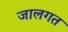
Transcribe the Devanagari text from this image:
जालगत